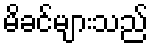
မိခင်များသည်